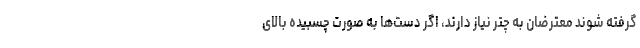
گرفته شوند معترضان به چتر نیاز دارند، اگر دست‌ها به صورت چسبیده بالای